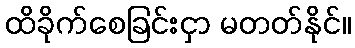
ထိခိုက်စေခြင်းငှာ မတတ်နိုင်။